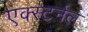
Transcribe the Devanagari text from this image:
एक्स्टर्नल